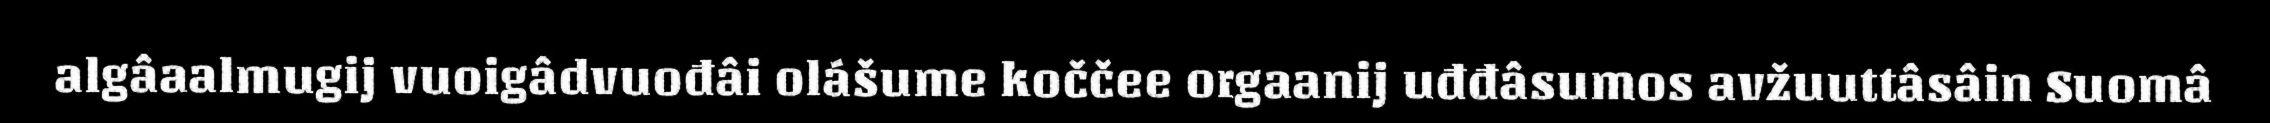
algâaalmugij vuoigâdvuođâi olášume koččee orgaanij uđđâsumos avžuuttâsâin Suomâ